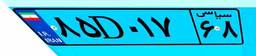
۸۵D۰۱۷۶۸